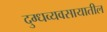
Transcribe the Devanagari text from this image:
दुग्धव्यवसायातील